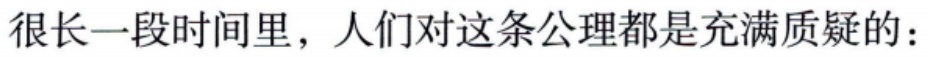
很长一段时间里，人们对这条公理都是充满质疑的：